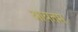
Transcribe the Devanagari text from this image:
आयतम